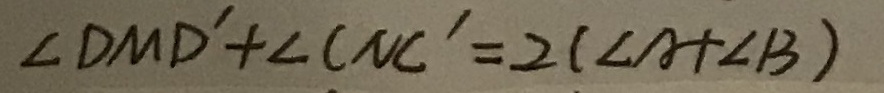
\angle D M D ^ { \prime } + \angle C N C ^ { \prime } = 2 ( \angle A + \angle B )